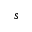
s